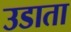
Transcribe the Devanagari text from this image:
उडाता